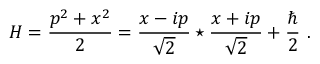
H = { \frac { p ^ { 2 } + x ^ { 2 } } { 2 } } = \frac { x - i p } { \sqrt { 2 } } \star \frac { x + i p } { \sqrt { 2 } } + { \frac { \hbar } { 2 } } ~ .